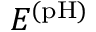
E ^ { \mathrm { ( p H ) } }